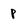
Character: p